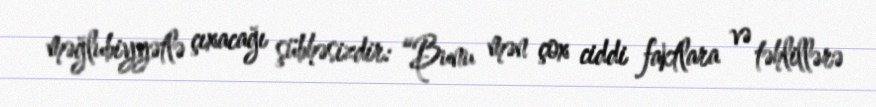
məğlubiyyətlə çıxacağı şübhəsizdir: “Bunu mən çox ciddi faktlara və təhlillərə